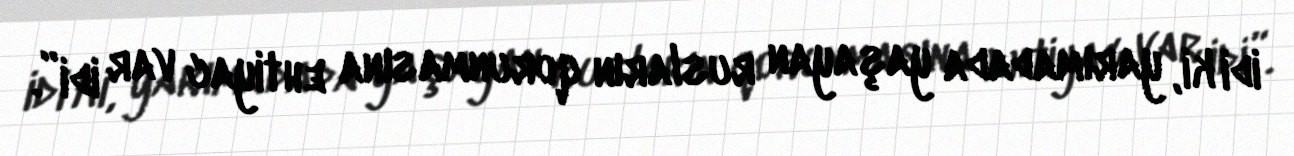
idi ki, yarımadada yaşayan rusların qorunmasına ehtiyac var idi”.